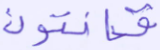
قانتون